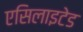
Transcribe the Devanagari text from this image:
एसिलाइटेड